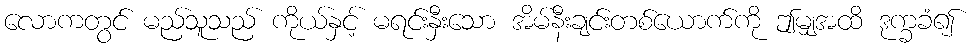
လောကတွင် မည်သူသည် ကိုယ်နှင့် မရင်းနှီးသော အိမ်နီးချင်းတစ်ယောက်ကို ဤမျှအထိ ဒုက္ခခံ၍